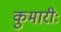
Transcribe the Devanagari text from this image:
कुमारीः